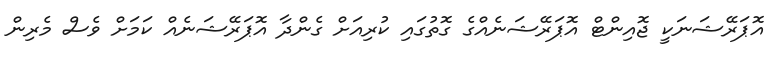
އޮޕަރޭޝަނަކީ ޖޮއިންޓް އޮޕަރޭޝަނެއްގެ ގޮތުގައި ކުރިއަށް ގެންދާ އޮޕަރޭޝަނެއް ކަމަށް ވެސް މެރިން